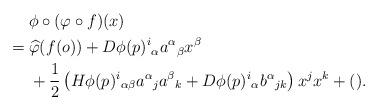
LaTeX: \begin{align*}&\hphantom{{}={}}\phi\circ(\varphi\circ f)(x)\\*&=\widehat{\varphi}(f(o))+D\phi(p)^i{}_\alpha a^\alpha{}_\beta x^\beta\\*&\hphantom{{}={}}+\frac12\left(H\phi(p)^i{}_{\alpha\beta}a^\alpha{}_ja^\beta{}_k+D\phi(p)^i{}_\alpha b^\alpha{}_{jk}\right)x^jx^k+().\end{align*}